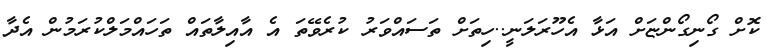
ކޮށް ގޯނިގޯންޏަށް އަޅާ އެހޫރަލަނީ..ހިތަށް ތަސައްވަރު ކުރެވޭތަ އެ އާއިލާތައް ތަހައްމަލްކުރަމުން އެދާ